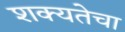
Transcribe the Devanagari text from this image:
शक्यतेचा